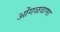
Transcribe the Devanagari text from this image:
ओंगळवाणा